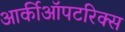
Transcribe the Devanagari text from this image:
आर्कीऑपटरिक्स